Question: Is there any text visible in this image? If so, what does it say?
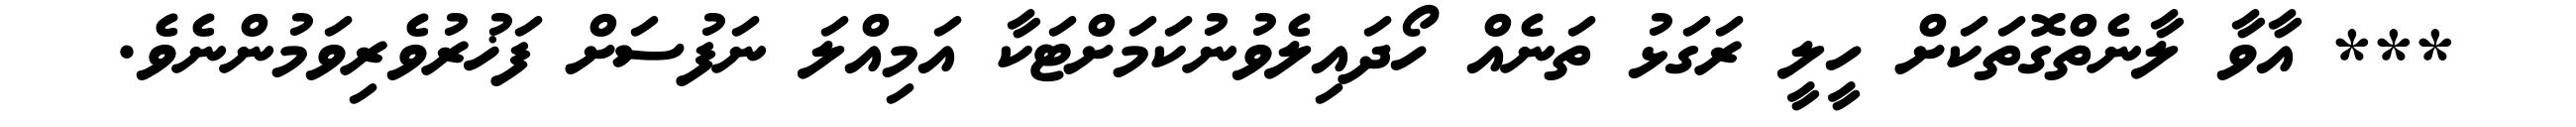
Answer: *** އާވާ ލާނެތްގޮތަކަށް ހީލީ ރަގަޅު ތަނެއް ހޯދައިލެވުނުކަމަށްޓަކާ އަމިއްލަ ނަފުސަށް ފަޚުރުވެރިވަމުންނެވެ.